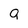
Character: a